Lunatic asylums Punjab 1868-1880 - 1868-1880
Year: 1868
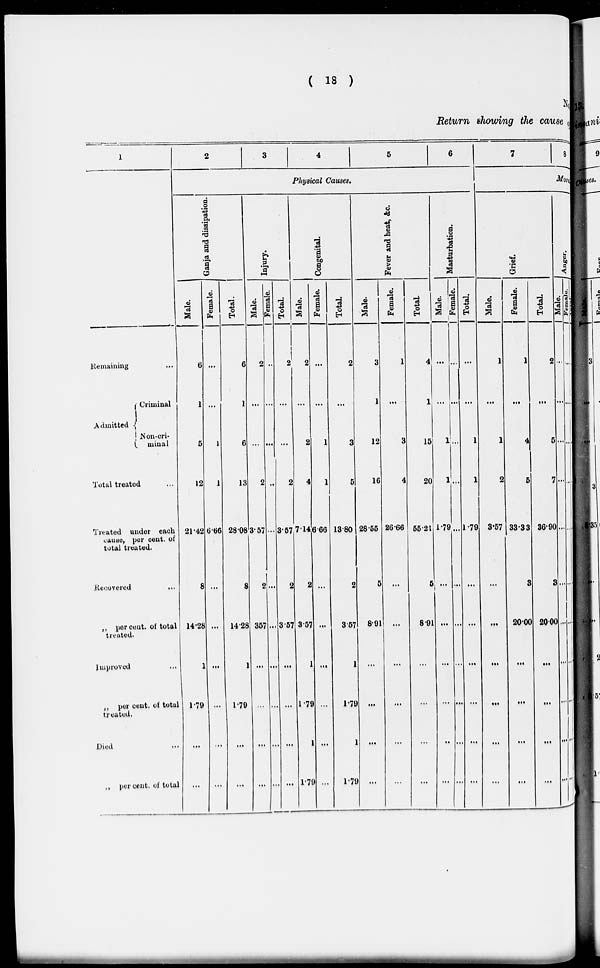
( 18 )
No. 13
Return showing the cause
1
Remaining ...
Admitted
Criminal
Non-cri-
minal
Total treated ...
Treated under each
cause, per cent. of
total treated.
Recovered
...
„ per cent. of total
treated.
Improved...
„ per cent. of total
treated.
Died ...
„ per cent. of total
2
3
4
5
6
Physical Causes.
Ganja and dissipation.
Male.
6
1
5
12
21.42
8
14.28
1
1.79
...
...
Female.
...
...
1
1
6.66
...
...
...
...
...
...
Total.
6
1
6
13
28.08
8
14.28
1
1.79
...
...
Injury.
Male.
2
...
...
2
3.57
2
357
...
...
...
...
Female.
...
...
...
...
...
...
...
...
...
...
...
Total.
2
...
...
2
3.57
2
3.57
...
...
...
...
Congenital.
Male.
2
...
2
4
7.14
2
3.57
1
1.79
1
1.79
Female.
...
...
1
1
6.66
...
...
...
...
...
...
Total
2
...
3
5
13.80
2
3.57
1
1.79
1
1.79
Fever and heat, &c.
Male.
3
1
12
16
28.55
5
8.91
...
...
...
...
Female.
1
...
3
4
26.66
...
...
...
...
...
...
Total
4
1
15
20
55.21
5
8.91
...
...
...
...
Masturbation.
Male.
...
...
1
1
1.79
...
...
...
...
..
...
Female.
...
...
...
...
...
...
...
...
...
...
...
Total.
...
...
1
1
1.79
...
...
...
...
...
...
7
8
Moral Causes.
Grief.
Male.
1
...
1
2
3.57
...
...
...
...
...
...
Female.
1
...
4
5
33.33
3
20.00
...
...
...
...
Total.
2
...
5
7
36.90
3
20.00
...
...
...
...
Anger.
Male.
...
...
...
...
...
...
...
...
...
...
...
Female.
...
...
...
...
...
...
...
...
...
...
...